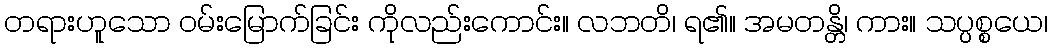
တရားဟူသော ဝမ်းမြောက်ခြင်း ကိုလည်းကောင်း။ လဘတိ၊ ရ၏။ အမတန္တိ၊ ကား။ သပ္ပစ္စယေ၊